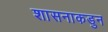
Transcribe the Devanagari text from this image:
शासनाकडुन